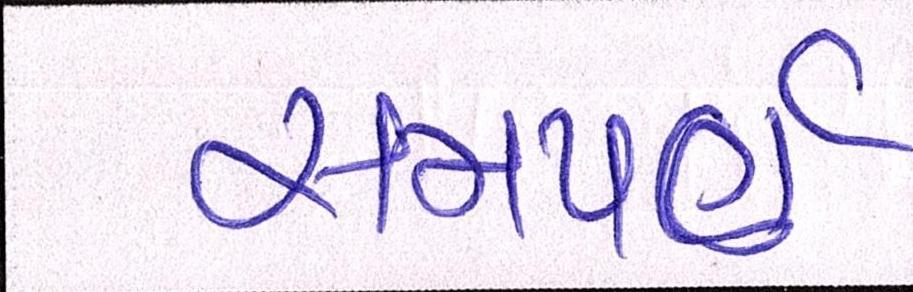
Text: સમપર્ણ